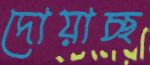
দোয়াচ্ছ